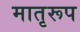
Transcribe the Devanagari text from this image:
मातृरूप